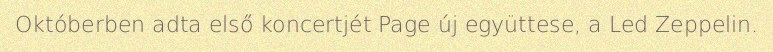
Októberben adta első koncertjét Page új együttese, a Led Zeppelin.